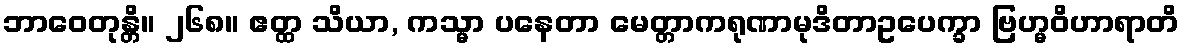
ဘာဝေတုန္တိ။ ၂၆၈။ ဧတ္ထ သိယာ, ကသ္မာ ပနေတာ မေတ္တာကရုဏာမုဒိတာဥပေက္ခာ ဗြဟ္မဝိဟာရာတိ